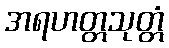
အရဟတ္တသုတ္တံ